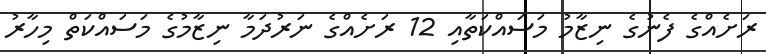
ރަށެއްގެ ފެނުގެ ނިޒާމު މަސައްކަތާއި 12 ރަށެއްގެ ނަރުދަމާ ނިޒާމުގެ މަސައްކަތް މިހާރު